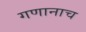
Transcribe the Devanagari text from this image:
गणानाच